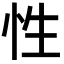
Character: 性